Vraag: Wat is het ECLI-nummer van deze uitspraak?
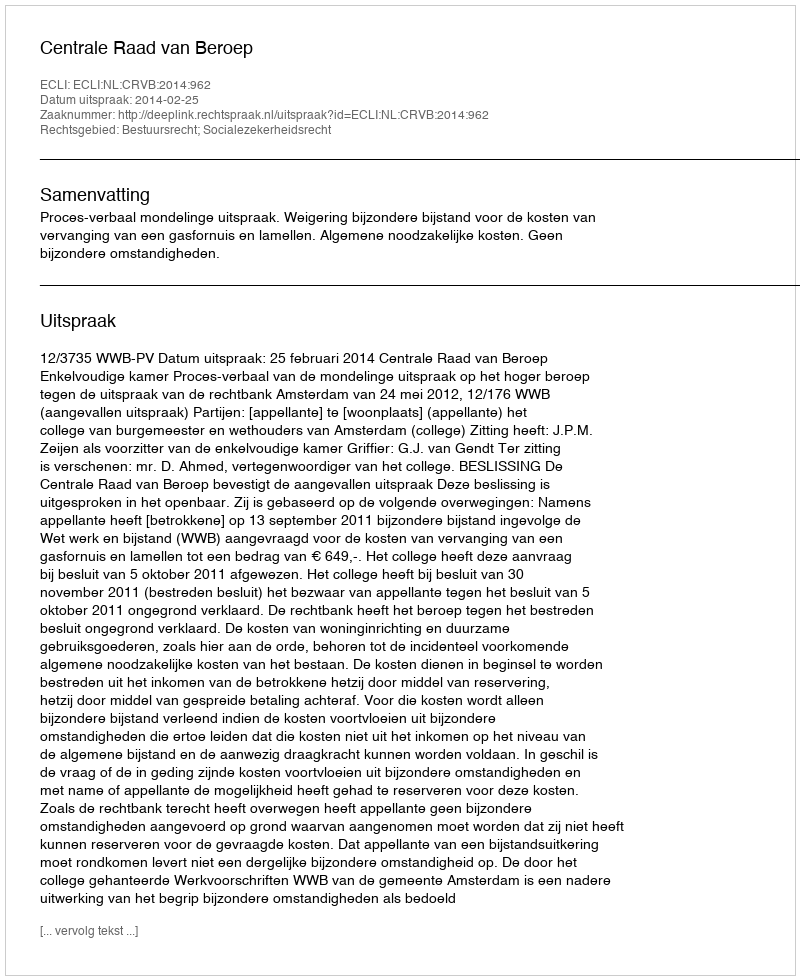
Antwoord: ECLI:NL:CRVB:2014:962